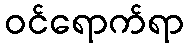
ဝင်ရောက်ရာ